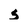
Character: s